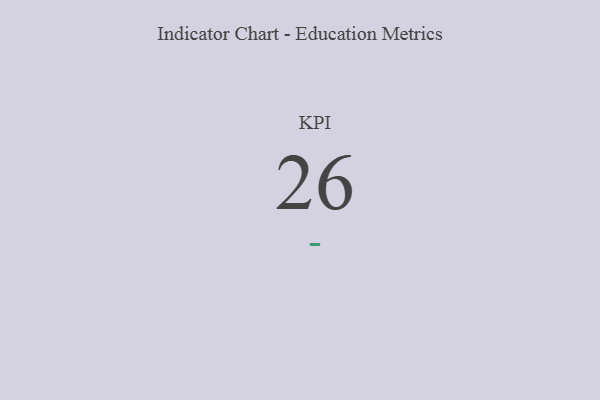
{"axis": {"x": "KPI", "y": "Value"}, "legend": [""], "data": [{"x": "KPI", "y": 26, "type": ""}]}